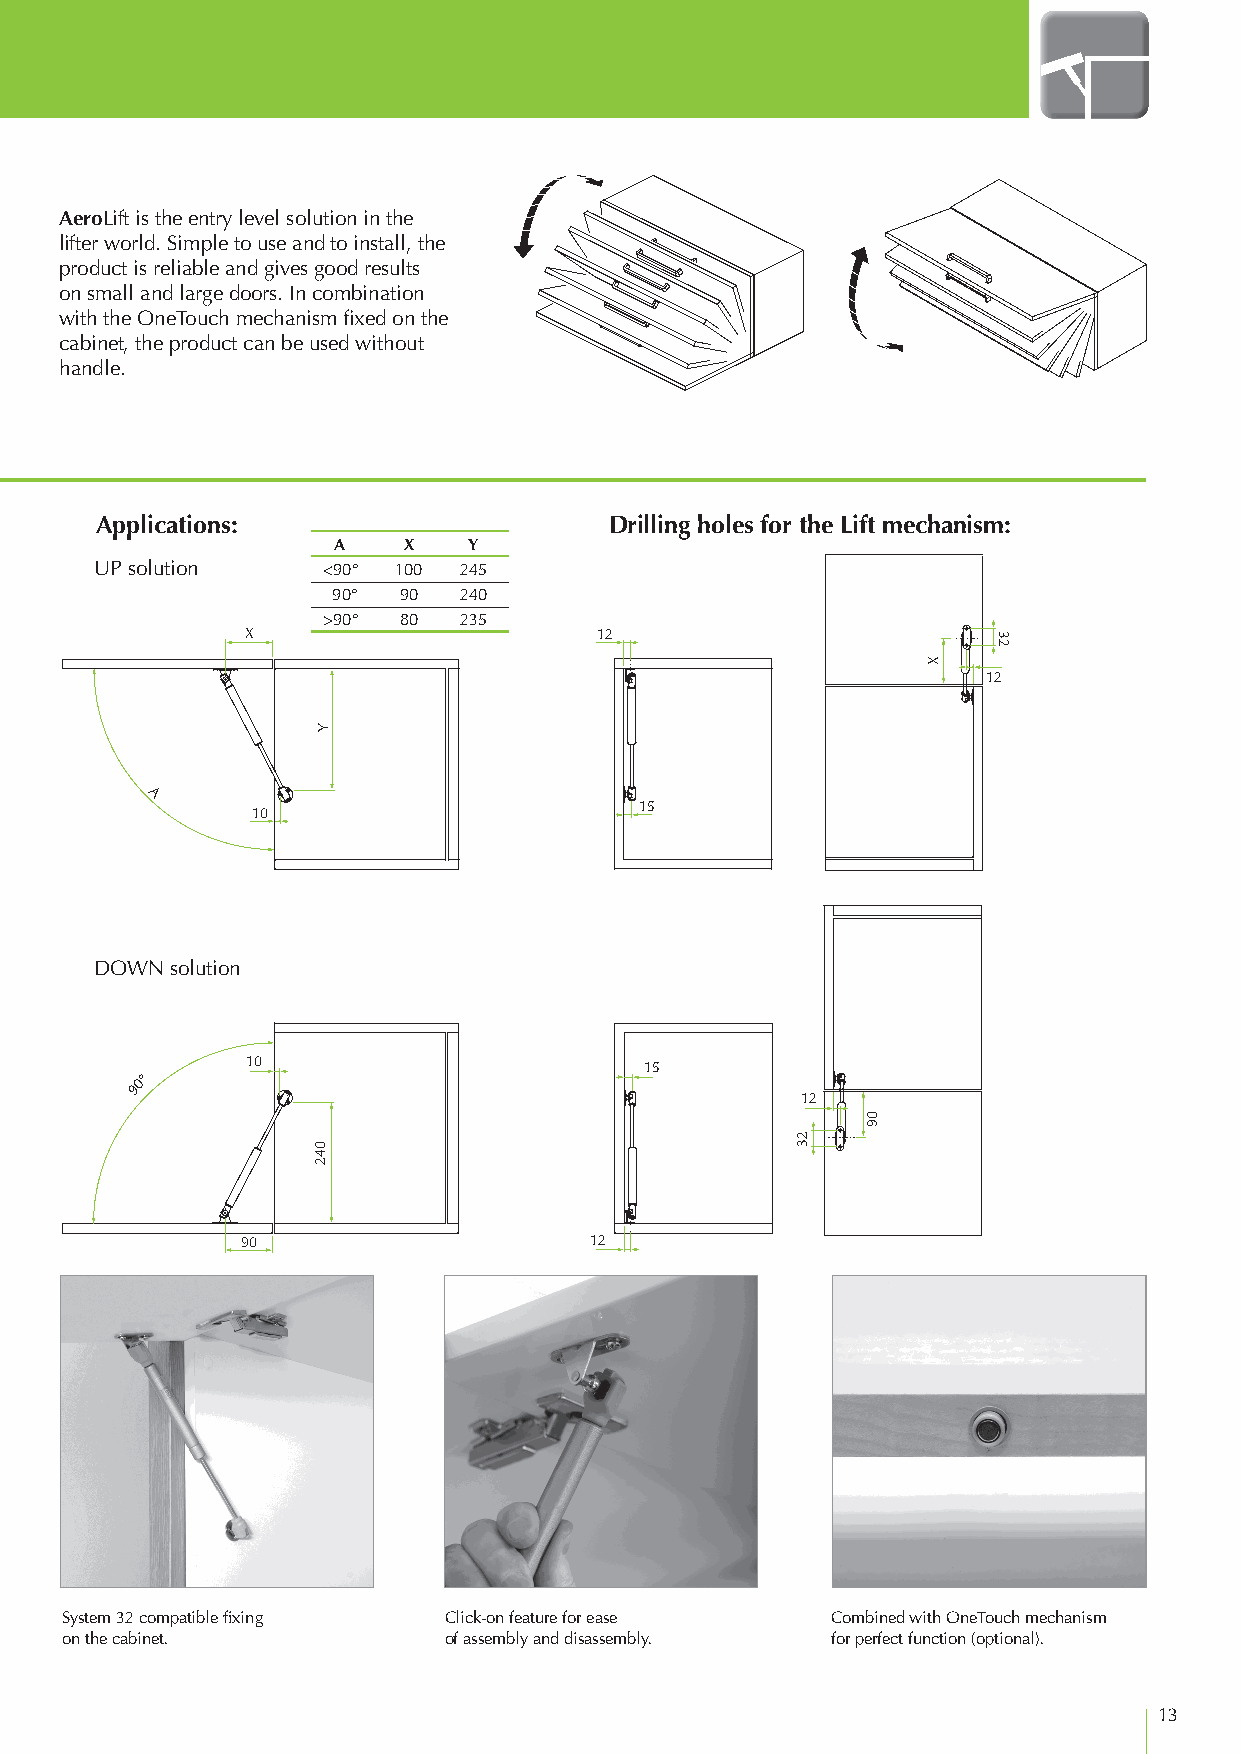
AeroLift
 AeroLift is the entry level solution in the
 lifter world. Simple to use and to install, the
 product is reliable and gives good results
 on small and large doors. In combination
 with the OneTouch mechanism fixed on the
 cabinet, the product can be used without
 handle.
 Applications:                     Drilling holes for the Lift mechanism:
 A    X   Y
 UP solution    <90° 100 245
 90° 90  240
 >90° 80  235
 X                      12
 12
 A
 10                       15
 DOWN solution
 10                         15
 90°
 12
 90                     12
 System 32 compatible fixing Click-on feature for ease Combined with OneTouch mechanism
 on the cabinet.          of assembly and disassembly. for perfect function (optional).
 13
 Y
 042
 23
 09
 X
 32